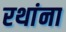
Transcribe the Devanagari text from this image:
रथांना